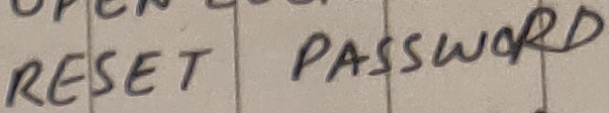
Text: RESET PASSWORD